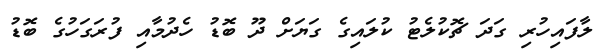
ލާފައިހުރި ގަދަ ޗޮކުލެޓު ކުލައިގެ ގަޔަށް ދޫ ބޮޑު ހެދުމާއި ފުރަގަހުގެ ބޮޑު